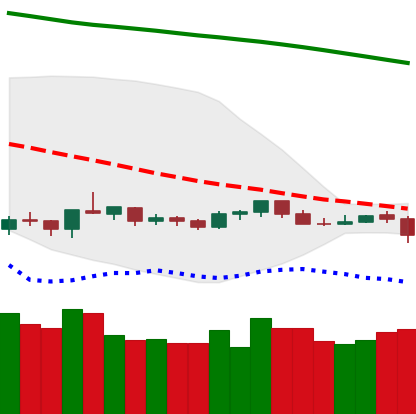
Ticker: NEO-USD
Chart end date: 2019-10-16
Forward return: 5.443%
Label: up_5_7